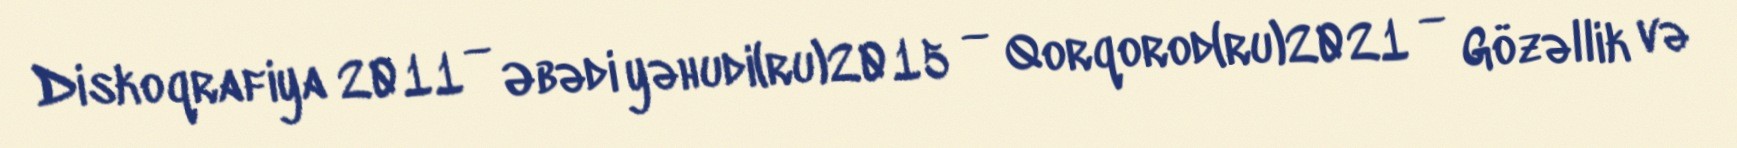
Diskoqrafiya 2011 — Əbədi yəhudi(ru)2015 — Qorqorod(ru)2021 — Gözəllik və